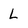
Character: L